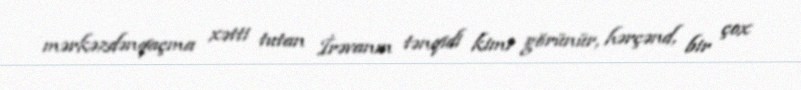
mərkəzdənqaçma xətti tutan İrəvanın tənqidi kimi görünür, hərçənd, bir çox